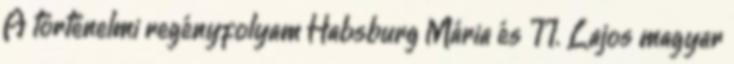
A történelmi regényfolyam Habsburg Mária és II. Lajos magyar